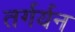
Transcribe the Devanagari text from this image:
तर्गर्यन